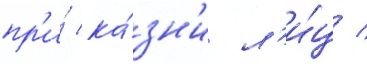
пр'и́ ка́зн'и л'и́ц /